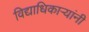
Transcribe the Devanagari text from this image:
विद्याधिकार्‍यांनी